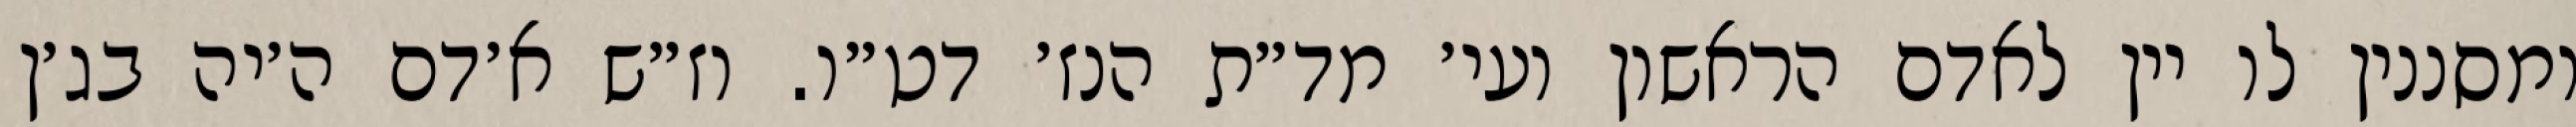
ומסננין לו יין לאדם הראשון ועי׳ מד״ת הנז׳ דט״ו. וז״ש א׳דם ה׳יה בג׳ן